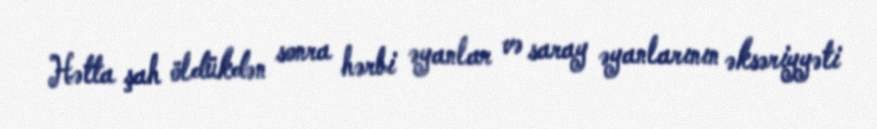
Hətta şah öldükdən sonra hərbi əyanlar və saray əyanlarının əksəriyyəti